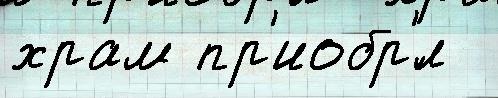
храм пр'иобр'́л